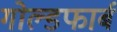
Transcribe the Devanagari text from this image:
गोल्डफार्ब